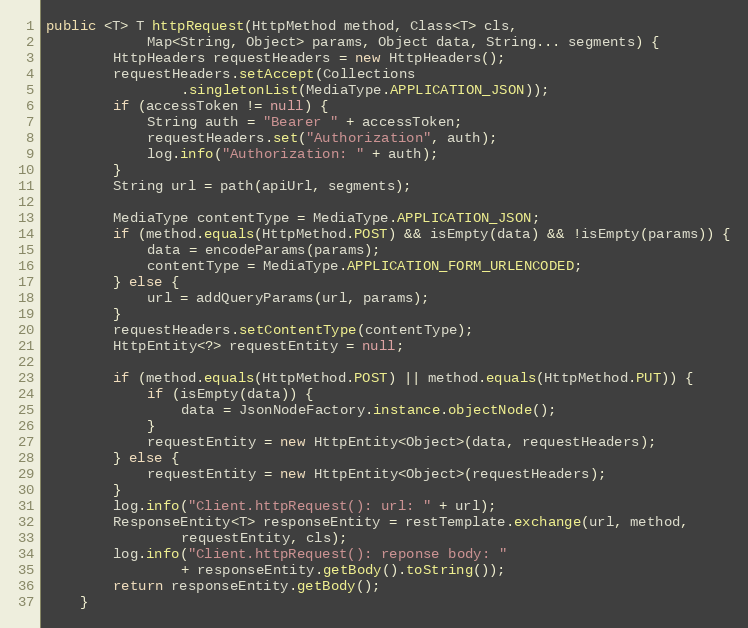
Language: Java
public <T> T httpRequest(HttpMethod method, Class<T> cls,
            Map<String, Object> params, Object data, String... segments) {
        HttpHeaders requestHeaders = new HttpHeaders();
        requestHeaders.setAccept(Collections
                .singletonList(MediaType.APPLICATION_JSON));
        if (accessToken != null) {
            String auth = "Bearer " + accessToken;
            requestHeaders.set("Authorization", auth);
            log.info("Authorization: " + auth);
        }
        String url = path(apiUrl, segments);

        MediaType contentType = MediaType.APPLICATION_JSON;
        if (method.equals(HttpMethod.POST) && isEmpty(data) && !isEmpty(params)) {
            data = encodeParams(params);
            contentType = MediaType.APPLICATION_FORM_URLENCODED;
        } else {
            url = addQueryParams(url, params);
        }
        requestHeaders.setContentType(contentType);
        HttpEntity<?> requestEntity = null;

        if (method.equals(HttpMethod.POST) || method.equals(HttpMethod.PUT)) {
            if (isEmpty(data)) {
                data = JsonNodeFactory.instance.objectNode();
            }
            requestEntity = new HttpEntity<Object>(data, requestHeaders);
        } else {
            requestEntity = new HttpEntity<Object>(requestHeaders);
        }
        log.info("Client.httpRequest(): url: " + url);
        ResponseEntity<T> responseEntity = restTemplate.exchange(url, method,
                requestEntity, cls);
        log.info("Client.httpRequest(): reponse body: "
                + responseEntity.getBody().toString());
        return responseEntity.getBody();
    }